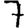
Digit: 7